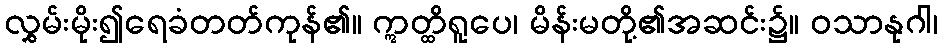
လွှမ်းမိုး၍ရေခံတတ်ကုန်၏။ ဣတ္ထိရူပေ၊ မိန်းမတို့၏အဆင်း၌။ ဝသာနုဂါ၊